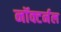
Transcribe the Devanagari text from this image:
नॉक्टर्नल